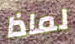
لماذا